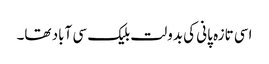
اسی تازہ پانی کی بدولت بلیک سی آباد تھا۔